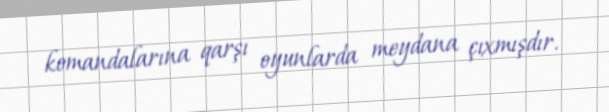
komandalarına qarşı oyunlarda meydana çıxmışdır.